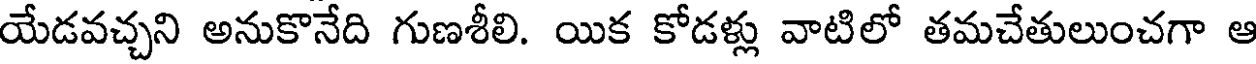
యేడవచ్చని అనుకొనేది గుణశీలి. యిక కోడళ్లు వాటిలో తమచేతులుంచగా ఆ